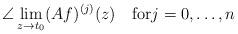
LaTeX: \begin{align*}\angle\lim_{z\to t_0}(Af)^{(j)}(z) \quad\mbox{for}j=0,\ldots,n \end{align*}